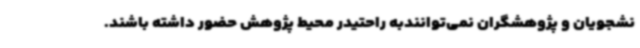
نشجویان و پژوهشگران نمی‌توانندبه راحتیدر محیط پژوهش حضور داشته باشند.